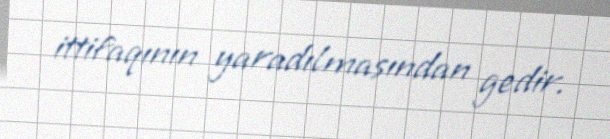
ittifaqının yaradılmasından gedir.